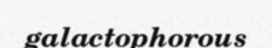
galactophorous